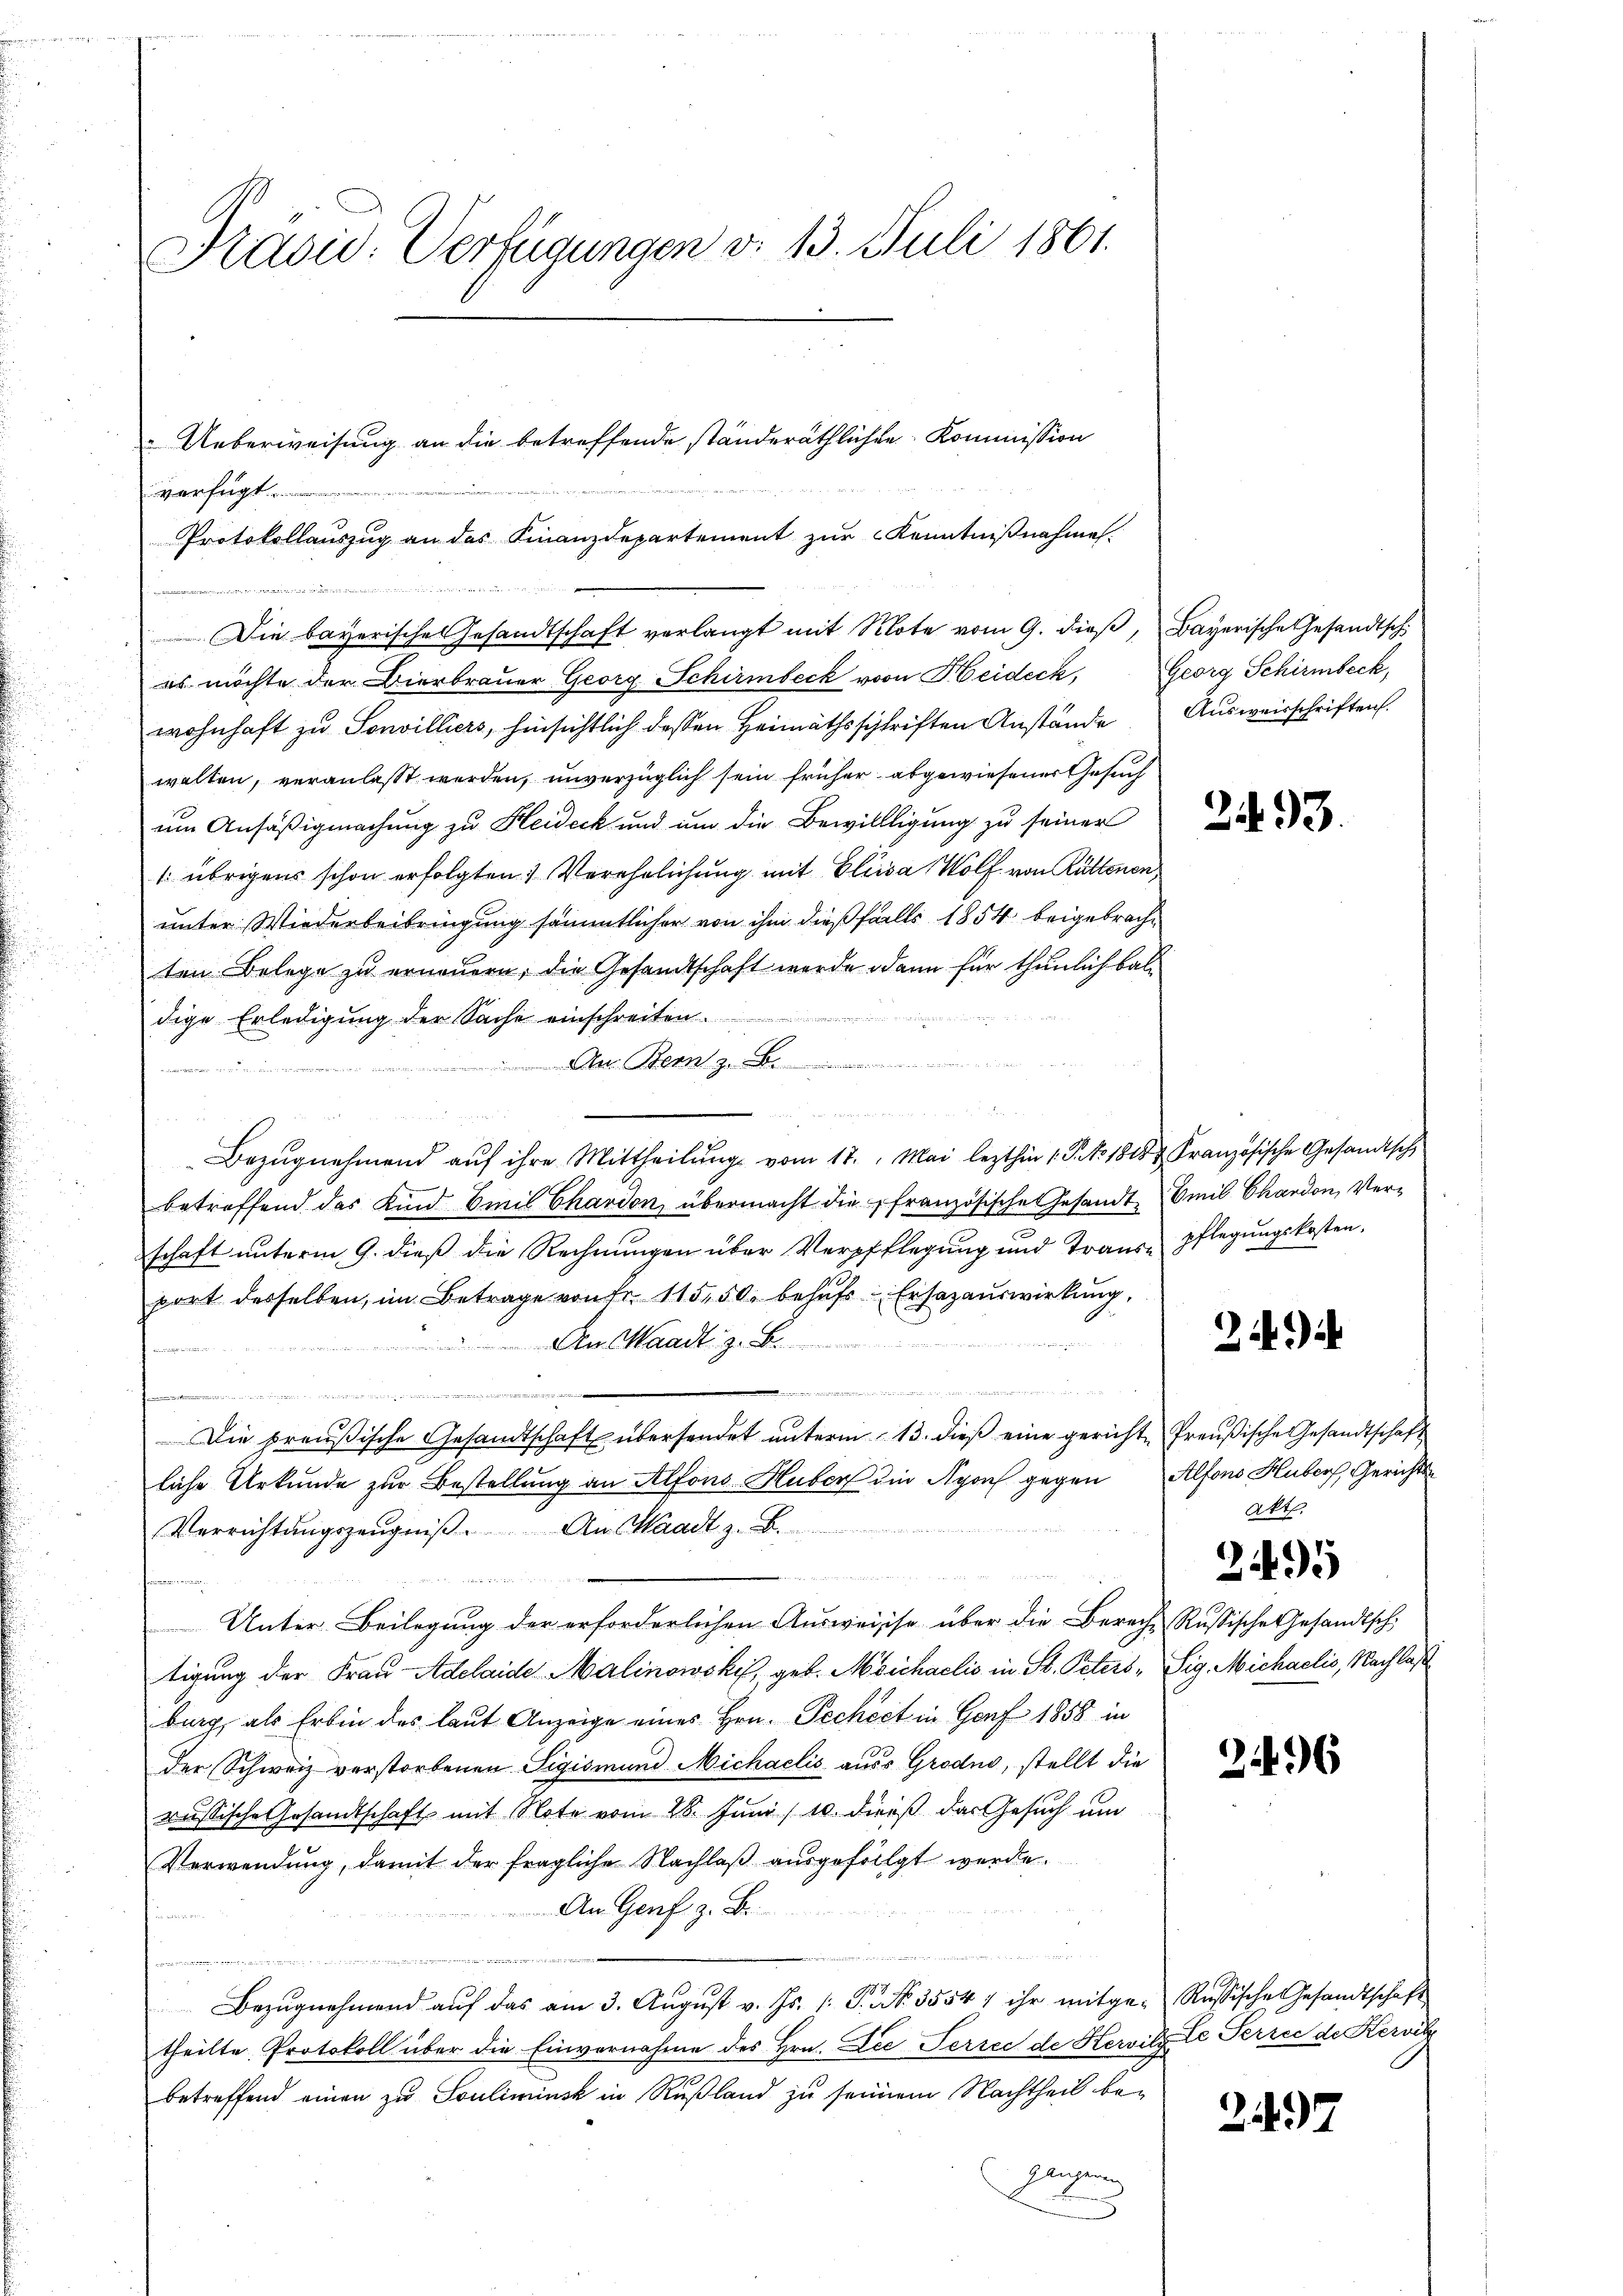
Präsid. Verfügungen d. 13. Juli 1861.

verfügt
Protokollauszug an das Finanzdepartement zur Kenntnißnahme.
 vermeister
Die bayerische Gesandtschaft verlangt mit Note vom 9. dieβ, Bayerische Gesandtsch
es möchte der Bierbrauer Georg Schirmbeck von Heideck,
wohnhaft zu Sonvilliers, hinsichtlich dessen Heimathsschriften Anstände Ausweisschriften.
walten, veranlaßt werden, unverzüglich sein früher abgewiesener Gesuch
um Ansäßigmachung zu Heideck und um die Bewillligung zu seiner
(übrigens schon erfolgten Verehrlichung mit Elisa, Wolf von Rüttenen
unter Wiederbeibringung sämmtlicher von ihm dießfalls 1854 beigebrachten Belege zu erneuern, die Gesandtschaft werde dann für thunlich baldige Erledigung der Sache einschreiten.
a Stern z. B.

1 rt 24 t See u.
u
Bezŭgnehmend aŭf ihre Mittheilŭng vom 17. Mai lezthin 1. P. No 1818. Französische Gesandtsch
betroffend das Kind Emil Chardon, übermacht die französische Gesandt, Emil Chardon, Verschaft unterm 9. dieß die Rechnungen über Verpflegung und Trans-Pflegungskosten.
port desselben, im Betrage von Fr. 115,50. behŭfs Ersazauswirkung,
22. Mai 1
AMaadt z. B.

jammen
Die preußische Gesandtschaft übersendet unterm 13. dieß eine gerichte Preußische Gesandtschaft
liche Urkunde zur Bestellung an Alfons Huber die Agons gegen Alfons Huber, Gerichts¬
 8 Mit
Verrichtŭngszeŭgniβ. An Waadt z. B.
e

Unter Beilegung der erforderlichen Ausweisse über die Bereche Russische Gesandtsch
tigung der Frau Adelaide Malinowski, geb. Michaelis in St. Peters-Sig. Michaelis, Nachlaß
burg, als Erbin des laut Anzeige eines Hrn. Pechéct in Genf 1858 in
der Schweiz verstorbenen Sigismund Michaelis aus Grode, stellt die
russische Gesandtschaft mit Note vom 28. Juni / 10. dieß das Gesuch um
Verwendung, damit der fragliche Nachlaß ausgefolgt werde.
An Genf z. B.

Bezŭgnehmend aŭf das am 3. Aŭgŭst v. Js. /: P. Nr. 35547 ihr mitge-Russische Gesandtschaft
theilte Protokoll über die Einvernahme des Hrn. Die Persee de Hervitz le Perre de Kervit
betreffend einen zu Souliminsk in Rußland zu seinem Nachtheil be-
Eligung

Ueberweisung an die betreffende ständeräthlichen Kommission

Georg Schirmbeck,

2493.

24

Akt.

295

2496

247